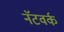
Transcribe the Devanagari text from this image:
नॅटवर्क